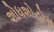
શોધશોહોમ